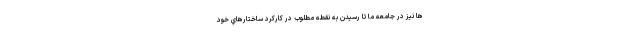
ها نيز در جامعه ما تا رسيدن به نقطه مطلوب در كاركرد ساختارهاي خود